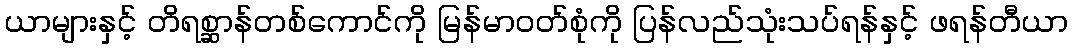
ယာများနှင့် တိရစ္ဆာန်တစ်ကောင်ကို မြန်မာဝတ်စုံကို ပြန်လည်သုံးသပ်ရန်နှင့် ဖရန်တီယာ